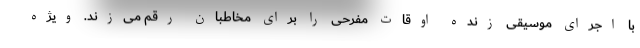
با اجرای موسیقی زنده اوقات مفرحی را برای مخاطبان رقم می‌زند. ویژه